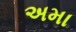
અમા